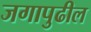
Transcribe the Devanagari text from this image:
जगापुढील